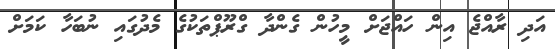
އަދި ރާއްޖެ އިން ހައްޖަށް މީހުން ގެންދާ ގްރޫޕްތަކުގެ މެދުގައި ނުބަހާ ކަމަށް